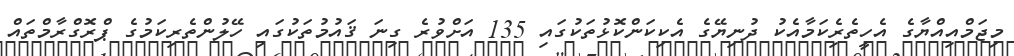
މިޖަމްއިއްޔާގެ އެހީތެރެިކަމާއެކު ދުނިޔޭގެ އެކިކަންކޮޅުތަކުގައި 135 އަށްވުރެ ގިނަ ޤައުމުތަކުގައި ހޭލުންތެރިކަމުގެ ޕްރޮގްރާމްތައް